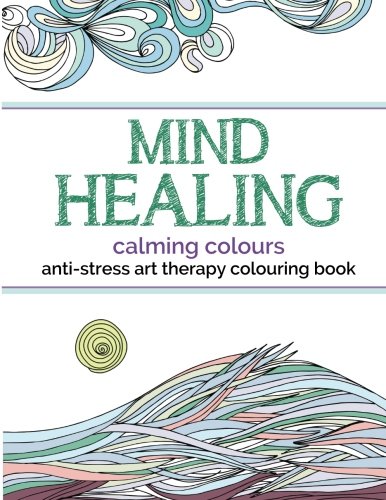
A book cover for Mind Healing Anti-Stress Art Therapy Colouring Book: Calming Colours: Experience relaxation and stimulation through colouring; Christina Rose; Arts & Photography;